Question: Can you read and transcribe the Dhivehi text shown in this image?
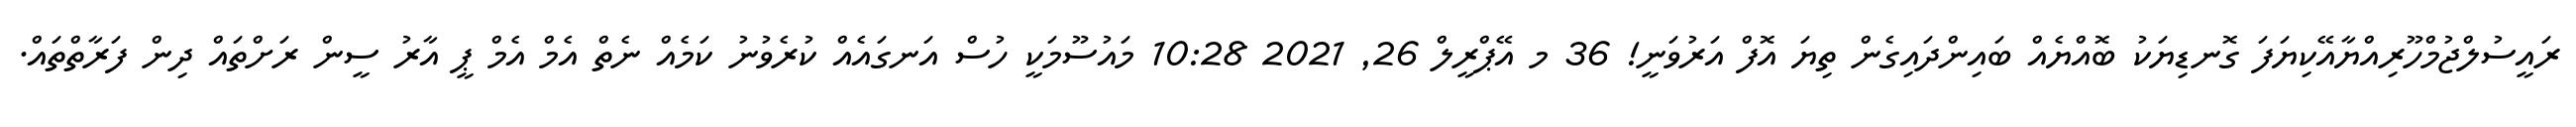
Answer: ރައީސުލްޖުމްހޫރިއްޔާއޭކިޔަފަ ގޮނޑިޔަކު ބޮއްޔެއް ބައިންދައިގެން ތިޔަ އޮފް އަރުވަނީ! 36 މ އޭޕްރީލް 26, 2021 10:28 މައުސޫމަކީ ހުސް އަނގައެއް ކުރެވުނު ކަމެއް ނެތް އެމް އެމް ޕީ އާރު ސީން ރަށްތައް ދިން ފަރާތްތައް.